Indian journal of veterinary science and animal husbandry - Volume 7,
Year: 1937
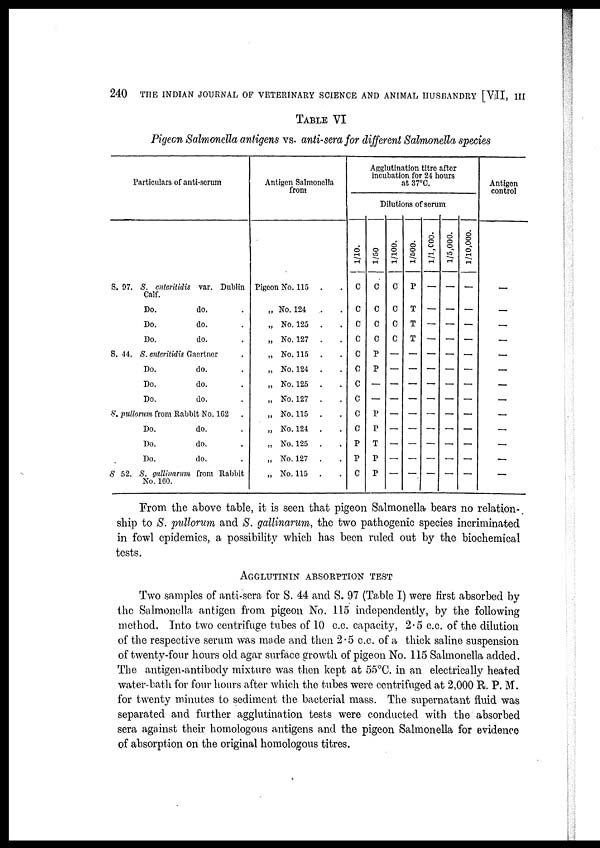
240
THE INDIAN JOURNAL OF VETERINARY SCIENCE AND ANIMAL HUSBANDRY [VII, III
TABLE VI
Pigeon Salmonella antigens vs. anti-sera for different Salmonella
Particulars of anti-serum
S. 97. S. enteritidis var. Dublin
Calf.
Do.
do. .
Do.
do. .
Do.
do. .
S. 44. S. enteritidis Gaertner .
Do.
do. .
Do.
do. .
Do.
do. .
S. pullorum from Rabbit No. 162 .
Do.
do. .
Do.
do. .
Do.
do. .
S 52. S. gallinarum from Rabbit
No. 160.
Antigen Salmonella
from
Pigeon No. 115 . .
„ No. 124
. .
„ No. 125 . .
„ No. 127 . .
„ No. 115 . .
„ No. 124 . .
„ No. 125 . .
„ No. 127 . .
„ No. 115 . .
„ No. 124 . .
„ No. 125 . .
„ No. 127 . .
„ No. 115 . .
Agglutination titre after
incubation for 24 hours
at 37°C.
Dilutions of serum
1/10.
C
C
C
C
C
C
C
C
C
C
P
P
C
1/50
C
C
C
C
P
P
—
—
P
P
T
P
P
1/100.
C
C
C
C
—
—
—
—
—
—
—
—
—
1/500.
P
T
T
T
—
—
—
—
—
—
—
—
—
1/1,000.
—
—
—
—
—
—
—
—
—
—
—
—
—
1/5,000.
—
—
—
—
—
—
—
—
—
—
—
—
—
1/10,000.
—
—
—
—
—
—
—
—
—
—
—
—
—
Antigen
control
—
—
—
—
—
—
—
—
—
—
—
—
—
From the above table, it is seen that pigeon Salmonella bears no relation-
ship to S. pullorum and S. gallinarum, the two pathogenic species incriminated
in fowl epidemics, a possibility which has been ruled out by the biochemical
tests.
AGGLUTININ ABSORPTION TEST
Two samples of anti-sera for S. 44 and S. 97 (Table I) were first absorbed by
the Salmonella antigen from pigeon No. 115 independently, by the following
method. Into two centrifuge tubes of 10 c.c. capacity, 2.5 c.c. of the dilution
of the respective serum was made and then 2.5 c.c. of a thick saline suspension
of twenty-four hours old agar surface growth of pigeon No. 115 Salmonella added.
The antigen-antibody mixture was then kept at 55°C. in an electrically heated
water-bath for four hours after which the tubes were centrifuged at 2,000 R. P. M.
for twenty minutes to sediment the bacterial mass. The supernatant fluid was
separated and further agglutination tests were conducted with the absorbed
sera against their homologous antigens and the pigeon Salmonella for evidence
of absorption on the original homologous titres.